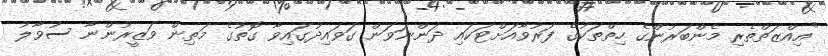
"އިއްޒަތްތެރި މެންބަރުންގެ ހިތްތަކުގެ ފަރުވާއަށްޓަކައި ދަންނަވަން ގަވައިދުގައިވާ ގޮތުގެ މަތިން ވަޒީރުންނާ ސުވާލު